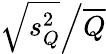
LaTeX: \left.{\sqrt{s_{Q}^{2}}}\middle/{\overline{{Q}}}\right.